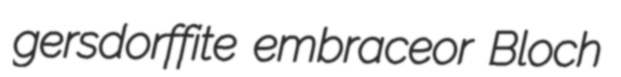
gersdorffite embraceor Bloch